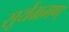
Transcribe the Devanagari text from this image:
सूर्यभ्रमण